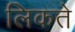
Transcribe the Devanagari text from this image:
लिकते